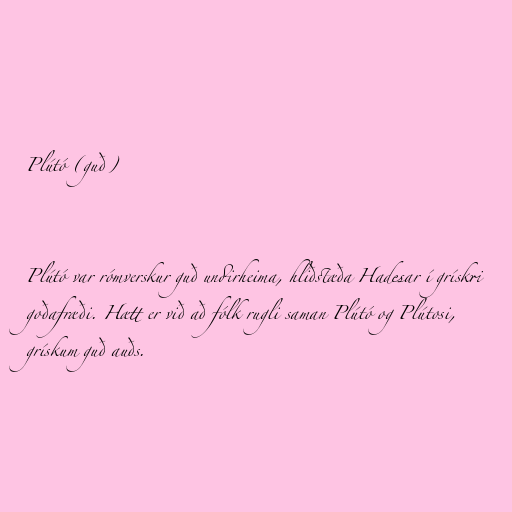
Plútó (guð)

Plútó var rómverskur guð undirheima, hliðstæða Hadesar í grískri
goðafræði. Hætt er við að fólk rugli saman Plútó og Plútosi,
grískum guð auðs.